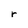
Character: r